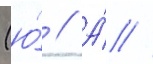
(ю́ // А́ //